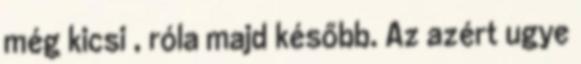
még kicsi , róla majd később. Az azért ugye